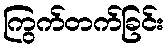
ကြွက်တက်ခြင်း